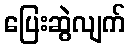
ပြေးဆွဲလျက်